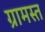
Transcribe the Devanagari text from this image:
ग्रामस्त